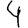
Digit: 4